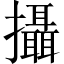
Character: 攝